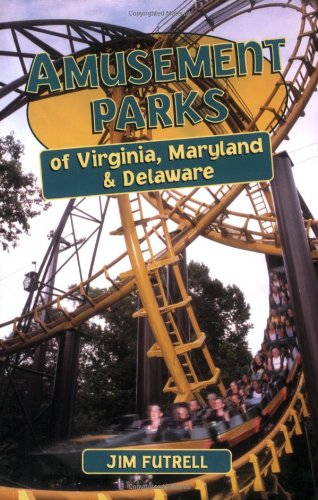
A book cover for Amusement Parks of Virginia, Maryland and Delaware; Jim Futrell; Travel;